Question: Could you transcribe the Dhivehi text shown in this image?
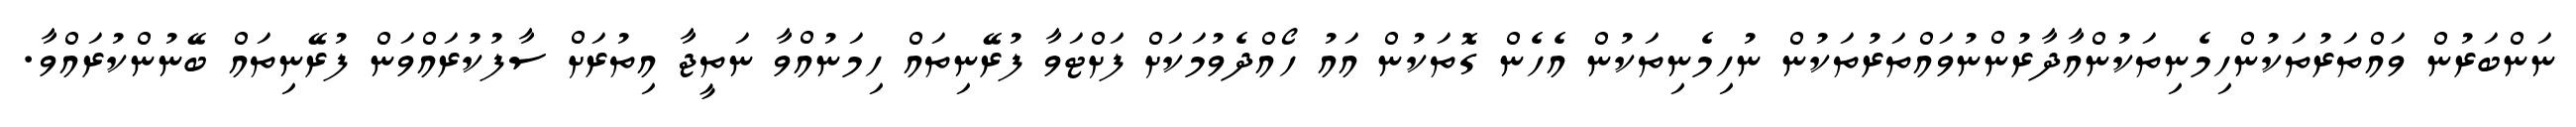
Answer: ނަންބަރުން ވައްތަރުތަކުންހިމެނިތަކުންއާދާރުންނުވައްތަރުތަކުން ނުހިމެނިތަކުން އެހެން ގޮތަކުން އައު ހޯއްދެވުމަކަށް ފަށްޓަވާ ފުރޭނިތައް ހިމަނުއްވާ ނަތީޖާ އިތުރަށް ސާފުކުރައްވަން ފުރޭނިތައް ބޭނުންކުރައްވާ.